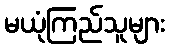
မယုံကြည်သူများ